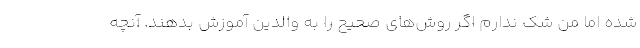
شده اما من شک ندارم اگر روش‌های صحیح را به والدین آموزش بدهند. آنچه